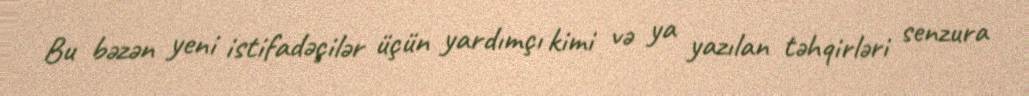
Bu bəzən yeni istifadəçilər üçün yardımçı kimi və ya yazılan təhqirləri senzura